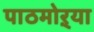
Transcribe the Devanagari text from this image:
पाठमोऱ्या